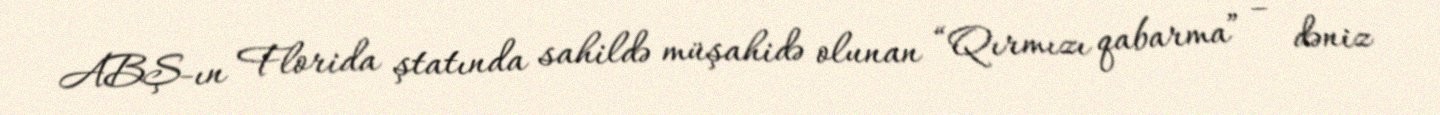
ABŞ-ın Florida ştatında sahildə müşahidə olunan “Qırmızı qabarma” – dəniz